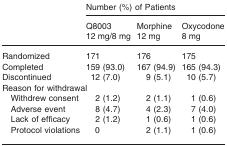
|  | <COLSPAN=3> Number (%) of Patients |
 |  | Q8003 12 mg/8 mg | Morphine 12 mg | Oxycodone 8 mg |
 | --- | --- | --- | --- |
 | Randomized | 171 | 176 | 175 |
 | Completed | 159 (93.0) | 167 (94.9) | 165 (94.3) |
 | Discontinued | 12 (7.0) | 9 (5.1) | 10 (5.7) |
 | <COLSPAN=4> Reason for withdrawal |
 | Withdrew consent | 2 (1.2) | 2 (1.1) | 1 (0.6) |
 | Adverse event | 8 (4.7) | 4 (2.3) | 7 (4.0) |
 | Lack of efficacy | 2 (1.2) | 1 (0.6) | 1 (0.6) |
 | Protocol violations | 0 | 2 (1.1) | 1 (0.6) |